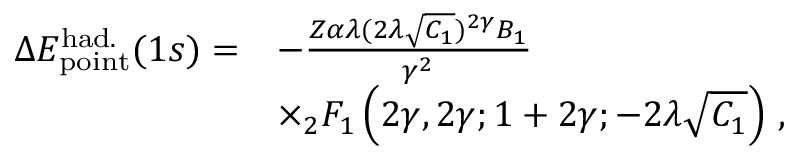
\begin{array} { r l } { \Delta { E } _ { \mathrm { p o i n t } } ^ { \mathrm { h a d . } } ( 1 s ) = } & { - \frac { Z \alpha \lambda ( 2 \lambda \sqrt { C _ { 1 } } ) ^ { 2 \gamma } B _ { 1 } } { \gamma ^ { 2 } } } \\ & { \times _ { 2 } F _ { 1 } \left( 2 \gamma , 2 \gamma ; 1 + 2 \gamma ; - 2 \lambda \sqrt { C _ { 1 } } \right) \, , } \end{array}